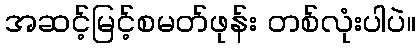
အဆင့်မြင့်စမတ်ဖုန်း တစ်လုံးပါပဲ။